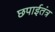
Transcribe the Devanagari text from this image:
छपाईतंत्र